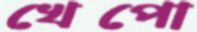
খেপো